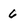
Character: 6